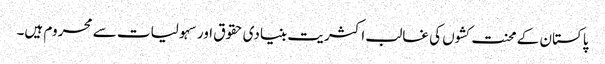
پاکستان کے محنت کشوں کی غالب اکثریت بنیادی حقوق اور سہولیات سے محروم ہیں۔